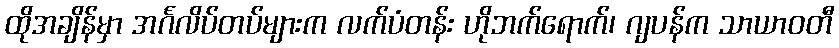
ထိုအချိန်မှာ အင်္ဂလိပ်တပ်များက လက်ပံတန်း ဟိုဘက်ရောက်၊ ဂျပန်က သာယာဝတီ